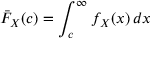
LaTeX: { \bar { F } } _ { X } ( c ) = \int _ { c } ^ { \infty } f _ { X } ( x ) \, d x